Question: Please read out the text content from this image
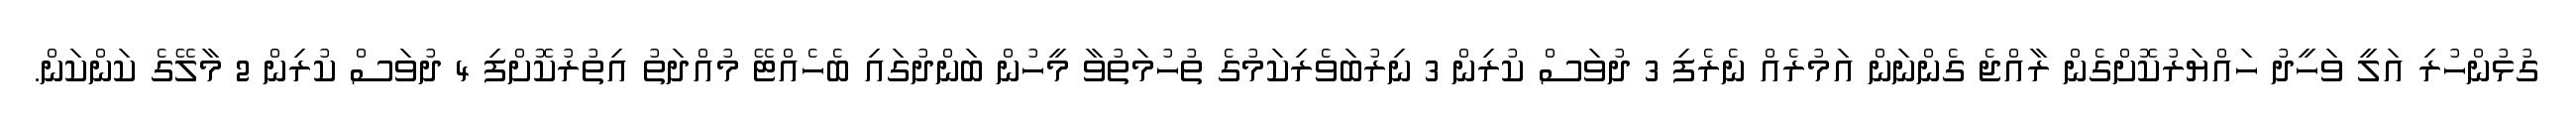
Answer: ގުޅުންހުރި އަލީ ވަހީދު ހައްޔަރުކޮށްގެން ރާއްޖެ ގެންނަން އަމުރެއް ނެރެފި 3 ދުވަސް ކުރިން 3 ނިރުބަވެރިކަމުގެ ތުހުމަތުވާ މީހުން ބަންދުގައި ބެހެއްޓޭ މުއްދަތު އިތުރުކޮށްފި 4 ދުވަސް ކުރިން 2 މާލޭގެ ކަންކަން.